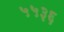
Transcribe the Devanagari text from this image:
५५३६